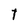
Character: t